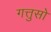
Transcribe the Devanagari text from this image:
गत्तुसो